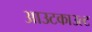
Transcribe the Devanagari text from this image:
आउटकाउल्ट